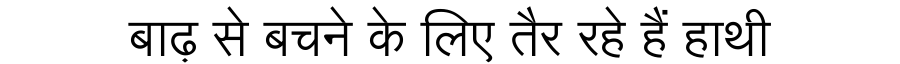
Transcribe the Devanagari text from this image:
बाढ़ से बचने के लिए तैर रहे हैं हाथी